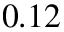
0 . 1 2